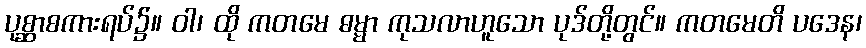
ပုစ္ဆာစကားရပ်၌။ ဝါ၊ ထို ကတမေ ဓမ္မာ ကုသလာဟူသော ပုဒ်တို့တွင်။ ကတမေတိ ပဒေန၊